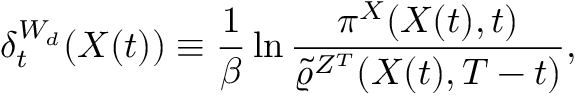
\delta _ { t } ^ { W _ { d } } ( X ( t ) ) \equiv \frac { 1 } { \beta } \ln \frac { \pi ^ { X } ( X ( t ) , t ) } { \tilde { \varrho } ^ { Z ^ { T } } ( X ( t ) , T - t ) } ,